Triennial report on the lunatic asylums in the province of Eastern Bengal and Assam - 1903-1911
Year: 1903
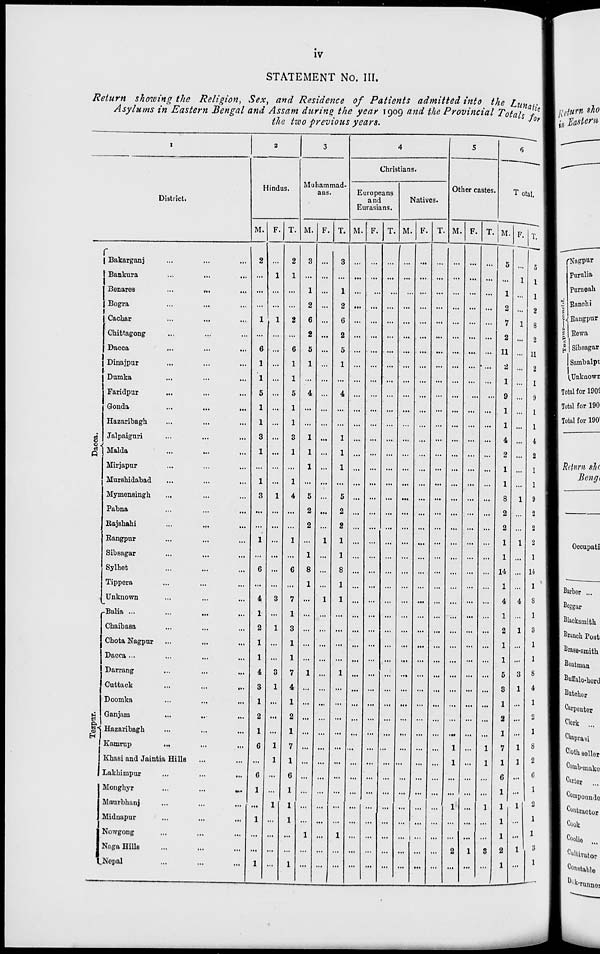
iv
STATEMENT No. III.
Return showing the Religion, Sex, and Residence of Patients admitted into the Lunatic
Asylums in Eastern Bengal and Assam during the year 1909 and the Provincial Totals for
the two previous years.
1
District.
Dacca.
Tezpur.
Bakarganj ... ... ...
Bankura ... ... ...
Benares
...
... ...
Bogra ... ... ...
Cachar ... ... ...
Chittagong ... ... ...
Dacca
...
...
...
Dinajpur ... ... ...
Dumka ... ... ...
Faridpur ... ... ...
Gonda ... ... ...
Hazaribagh ... ... ...
Jalpaiguri ... ... ...
Malda ... ... ...
Mirjapur ... ... ...
Murshidabad ... ... ...
Mymensingh ... ... ...
Pabna ... ... ...
Rajshahi
...
...
...
Rangpur ... ... ...
Sibsagar ... ... ...
Sylhet ... ... ...
Tippera ... ... ...
Unknown ... ... ...
Balia ... ... ...
Chaibasa ... ... ...
Chota Nagpur ... ... ...
Dacca ... ... ... ...
Darrang ... ... ...
Cuttack
...
...
...
Doomka ... ... ...
Ganjam ... ... ...
Hazaribagh ... ... ...
Kamrup ... ... ...
Khasi and Jaintia Hills ... ...
Lakhimpur ... ... ...
Monghyr
...
...
...
Maurbhanj ... ... ...
Midnapur ... ... ...
Nowgong ... ... ...
Naga Hills ... ... ...
Nepal ... ... ...
2
Hindus.
M.
2
...
...
...
1
...
6
1
1
5
1
1
3
1
...
1
3
...
...
1
...
6
...
4
1
2
1
1
4
3
1
2
1
6
...
6
1
...
1
...
...
1
F.
...
1
...
...
1
...
...
...
...
...
...
...
...
...
...
...
1
...
...
...
...
...
...
3
...
1
...
...
3
1
...
...
...
1
1
...
...
1
...
...
...
...
T.
2
1
...
...
2
...
6
1
1
5
1
1
3
1
...
1
4
...
...
1
...
6
...
7
1
3
1
1
7
4
1
2
1
7
1
6
1
1
1
...
...
1
3
Muhammad-
ans.
M.
3
...
1
2
6
2
5
1
...
4
...
...
1
1
1
...
5
2
2
...
1
8
1
...
...
...
...
...
1
...
...
...
...
...
...
...
...
...
...
1
...
...
F.
...
...
...
...
...
...
...
...
...
...
...
...
...
...
...
...
...
...
...
1
...
...
...
1
...
...
...
...
...
...
...
...
...
...
...
...
...
...
...
...
...
...
T.
3
...
1
2
6
2
5
1
...
4
...
...
1
1
1
...
5
2
2
1
1
8
1
1
...
...
...
...
1
...
...
...
...
...
...
...
...
...
...
1
...
...
4
Christians.
Europeans
and
Eurasians.
M.
...
...
...
...
...
...
...
...
...
...
...
...
...
...
...
...
...
...
...
...
...
...
...
...
...
...
...
...
...
...
...
...
...
...
...
...
...
...
...
...
...
...
F.
...
...
...
...
...
...
...
...
...
...
...
...
...
...
...
...
...
...
...
...
...
...
...
...
...
...
...
...
...
...
...
...
...
...
...
...
...
...
...
...
...
...
T.
...
...
...
...
...
...
...
...
...
...
...
...
...
...
...
...
...
...
...
...
...
...
...
...
...
...
...
...
...
...
...
...
...
...
...
...
...
...
...
...
...
...
Natives.
M.
...
...
...
...
...
...
...
...
...
...
...
...
...
...
...
...
...
...
...
...
...
...
...
...
...
...
...
...
...
...
...
...
...
...
...
...
...
...
...
...
...
...
F.
...
...
...
...
...
...
...
...
...
...
...
...
...
...
...
...
...
...
...
...
...
...
...
...
...
...
...
...
...
...
...
...
...
...
...
...
...
...
...
...
...
...
T.
...
...
...
...
...
...
...
...
...
...
...
...
...
...
...
...
...
...
...
...
...
...
...
...
...
...
...
...
...
...
...
...
...
...
...
...
...
...
...
...
...
...
5
Other castes.
M.
...
...
...
...
...
...
...
...
...
...
...
...
...
...
...
...
...
...
...
...
...
...
...
...
...
...
...
...
...
...
...
...
...
1
1
...
...
1
...
...
2
...
F.
...
...
...
...
...
...
...
...
...
...
...
...
...
...
...
...
...
...
...
...
...
...
...
...
...
...
...
...
...
...
...
...
...
...
...
...
...
...
...
...
1
...
T.
...
...
...
...
...
...
...
...
...
...
...
...
...
...
...
...
...
...
...
...
...
...
...
...
...
...
...
...
...
...
...
...
...
1
1
...
...
1
...
...
3
...
6
Total.
M.
5
...
1
2
7
2
11
2
1
9
1
1
4
2
1
1
8
2
2
1
1
14
1
4
1
2
1
1
5
3
1
2
1
7
1
6
1
1
1
1
2
1
F.
...
1
...
...
1
...
...
...
...
...
...
...
...
...
...
...
1
...
...
1
...
...
...
4
...
1
...
...
3
1
...
...
...
1
1
...
...
1
...
...
1
...
T.
5
1
1
2
8
2
11
2
1
9
1
1
4
2
1
1
9
2
2
2
1
14
1
8
1
3
1
1
8
4
1
2
1
8
2
6
1
2
1
1
3
1